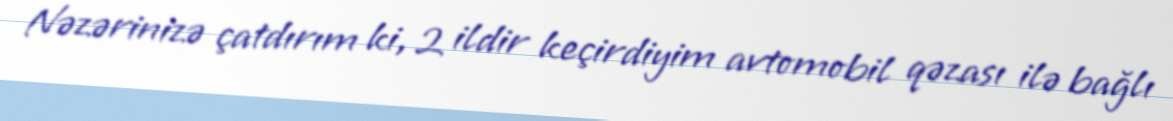
Nəzərinizə çatdırım ki, 2 ildir keçirdiyim avtomobil qəzası ilə bağlı